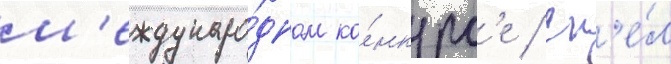
м'еждунаро́дном ко́нкурс'е / сп'е́л